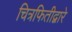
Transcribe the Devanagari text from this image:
चित्रफितीद्वारे